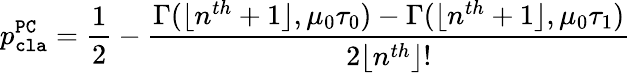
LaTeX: p_{\mathtt{cla}}^{\mathtt{PC}}=\frac{1}{2}-\frac{\Gamma(\lfloor n^{th}+1\rfloor,\mu_{0}\tau_{0})-\Gamma(\lfloor n^{th}+1\rfloor,\mu_{0}\tau_{1})}{2\lfloor n^{th}\rfloor!}